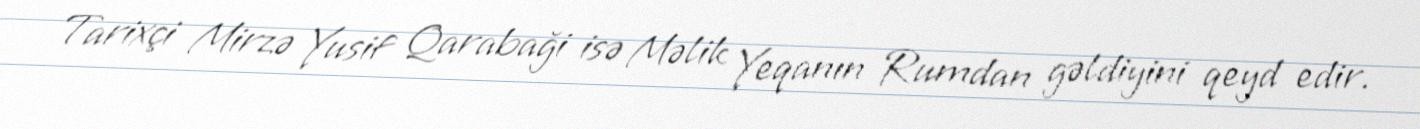
Tarixçi Mirzə Yusif Qarabaği isə Məlik Yeqanın Rumdan gəldiyini qeyd edir.